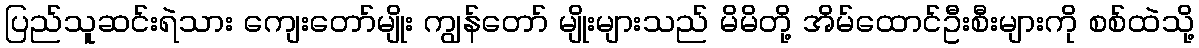
ပြည်သူဆင်းရဲသား ကျေးတော်မျိုး ကျွန်တော် မျိုးများသည် မိမိတို့ အိမ်ထောင်ဦးစီးများကို စစ်ထဲသို့